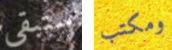
ستبقى ومكتب